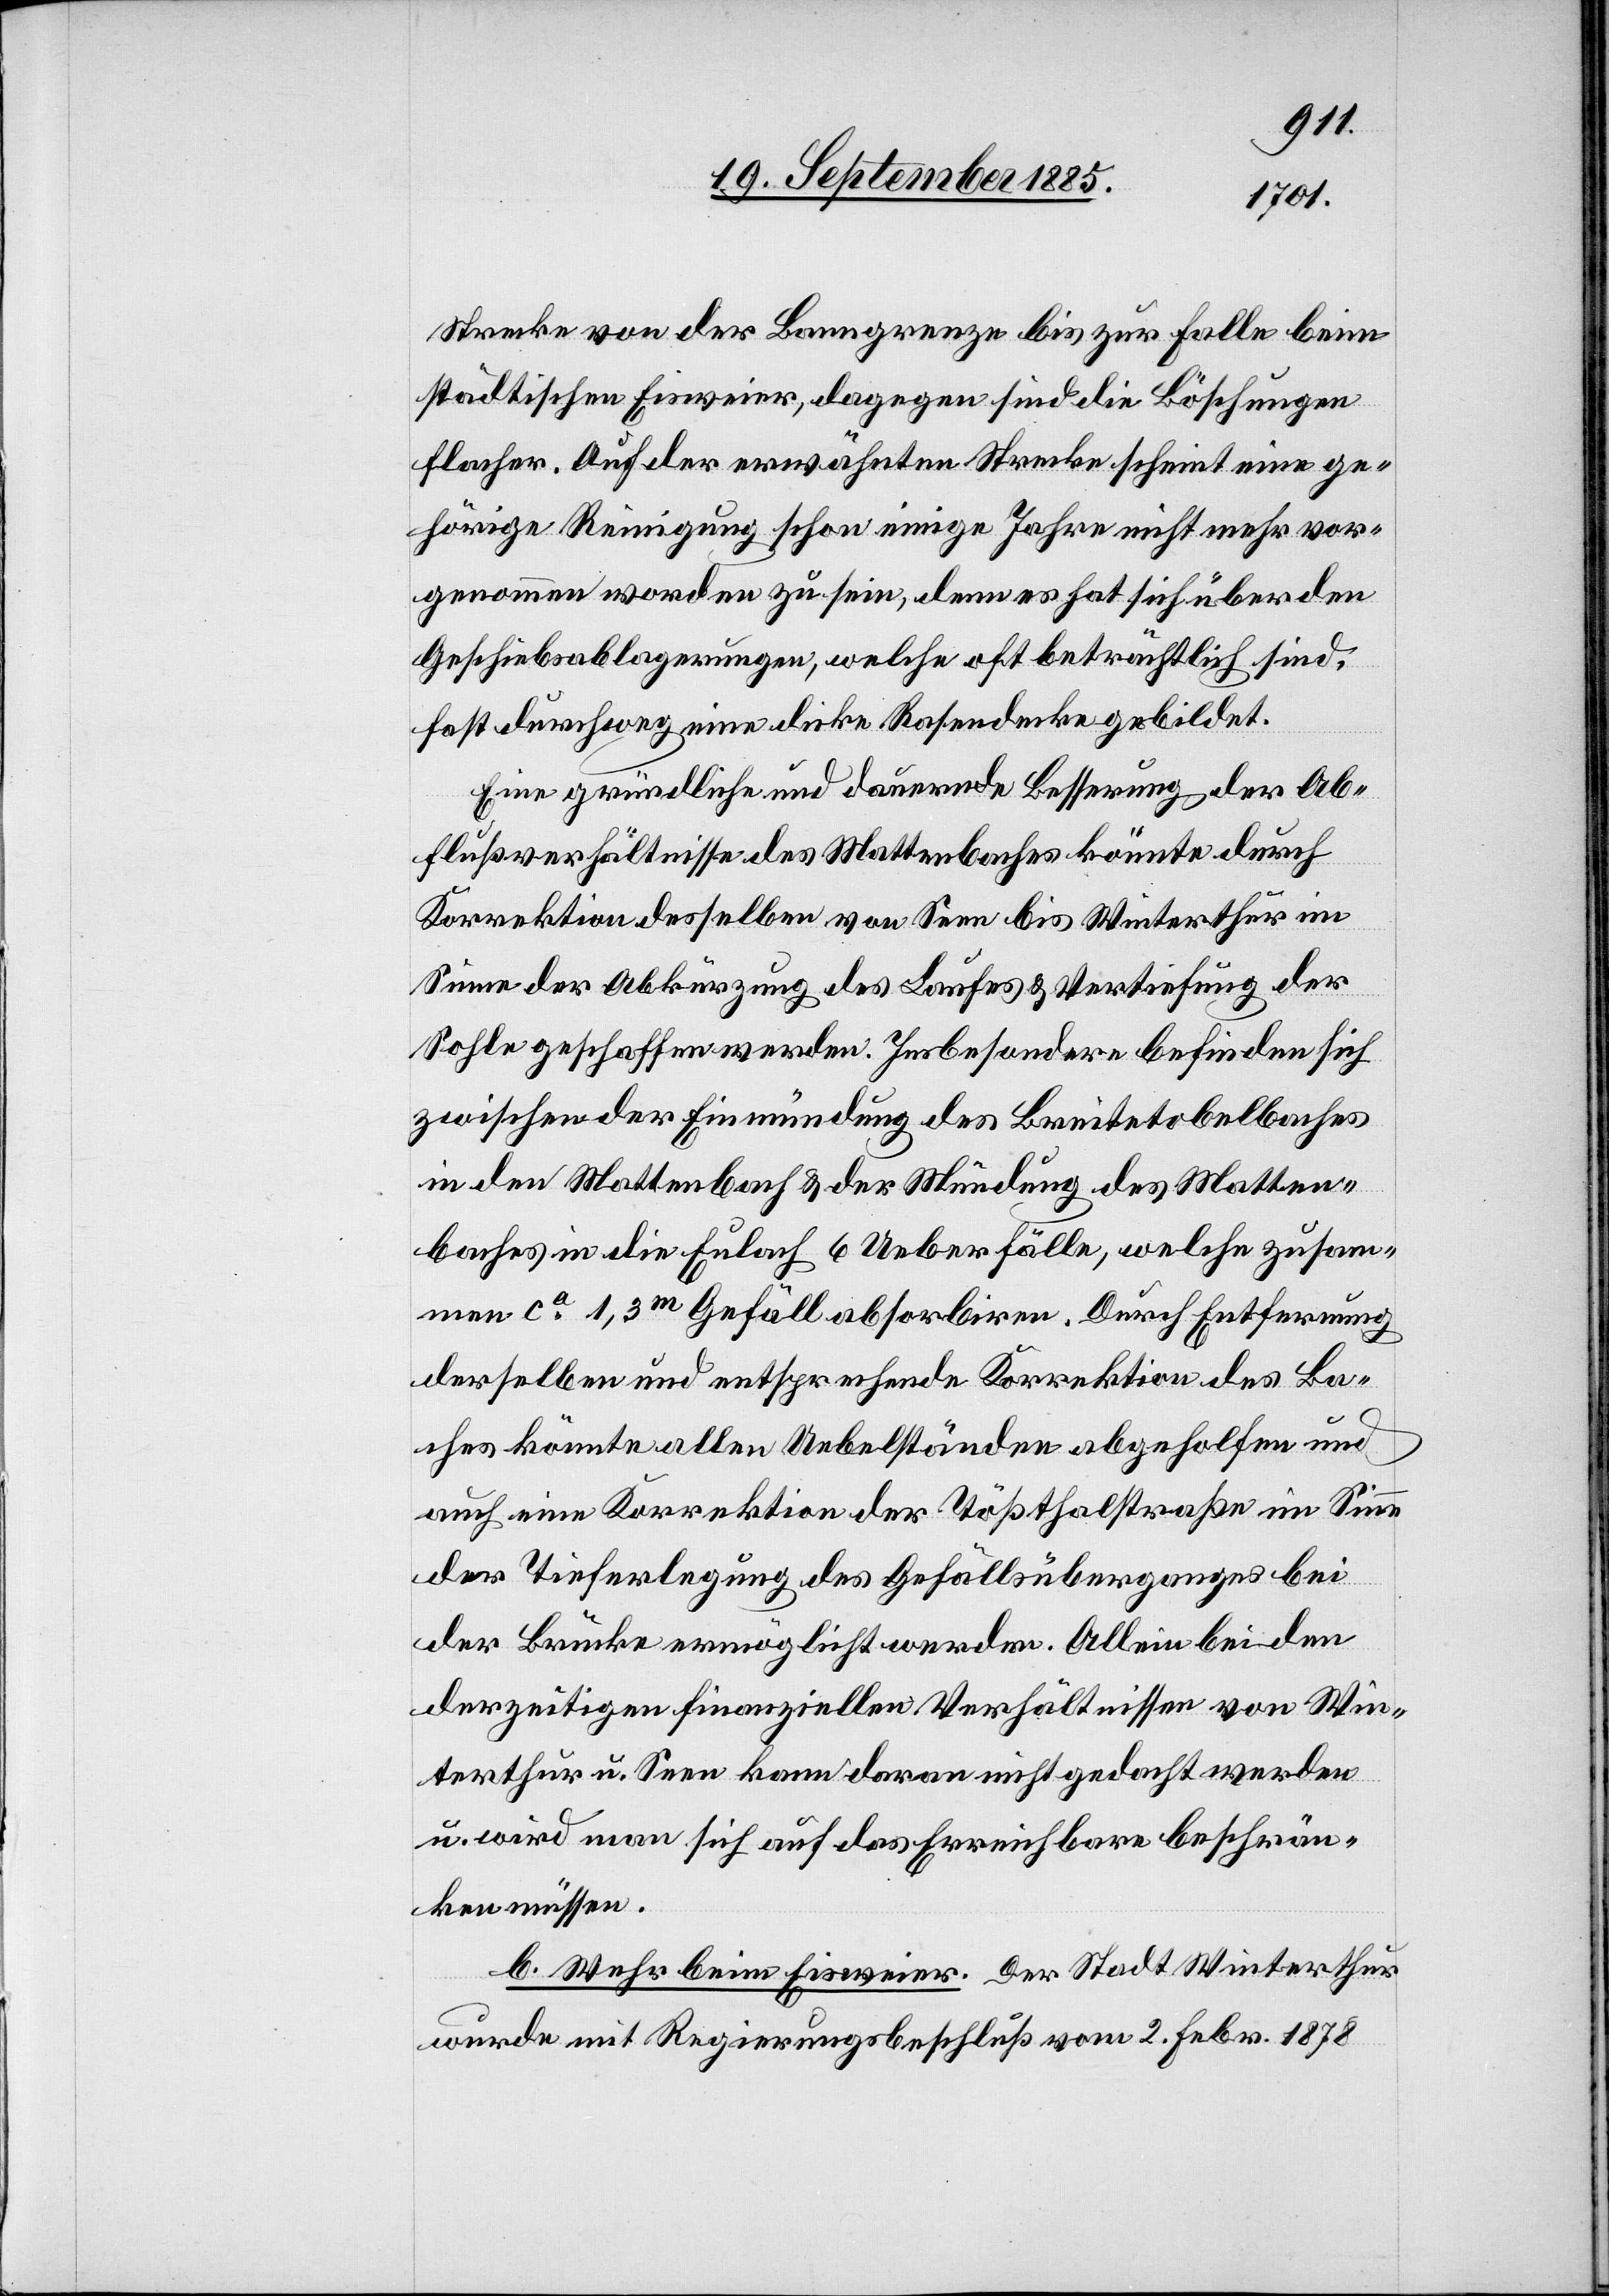
Strecke von der Banngrenze bis zur Falle beim
städtischen Eisweier, dagegen sind die Böschungen
flacher. Auf der erwähnten Strecke scheint eine ge¬
hörige Reinigung schon einige Jahre nicht mehr vor¬
genommen worden zu sein, denn es hat sich über den
Geschiebsablagerungen, welche oft beträchtlich sind,
fast durchweg eine dicke Rasendecke gebildet.
Eine gründliche und dauernde Besserung der Ab¬
flußverhältnisse des Mattenbaches könnte durch
Korrektion desselben von Seen bis Winterthur im
Sinne der Abkürzung des Laufes & Vertiefung der
Sohle geschaffen werden. Insbesondere befinden sich
zwischen der Einmündung des Breitetobelbaches
in den Mattenbach & der Mündung des Matten¬
baches in die Eulach 6 Ueberfälle, welche zusam¬
men ca 1,3m Gefäll absorbiren. Durch Entfernung
derselben und entsprechende Korrektion des Ba¬
ches könnte allen Uebelständen abgeholfen und
auch eine Korrektion der Tößthalstraße im Sinne
der Tieferlegung des Gefällsüberganges bei
der Brücke ermöglicht werden. Allein bei den
derzeitigen finanziellen Verhältnissen von Win¬
terthur u. Seen kann daran nicht gedacht werden
u. wird man sich auf das Erreichbare beschrän¬
ken müssen.
b. Wehr beim Eisweier. Der Stadt Winterthur
wurde mit Regierungsbeschluß vom 2. Febr. 1878